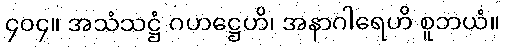
၄၀၄။ အသံသဋ္ဌံ ဂဟဋ္ဌေဟိ၊ အနာဂါရေဟိ စူဘယံ။